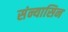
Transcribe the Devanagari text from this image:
संन्यासिन